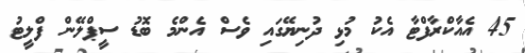
45 އެއާކްރާފްޓާ އެކު މުޅި ދުނިޔޭގައި ވެސް އެންމެ ބޮޑު ސީޕްލޭން ފްލީޓު